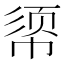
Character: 𫷈